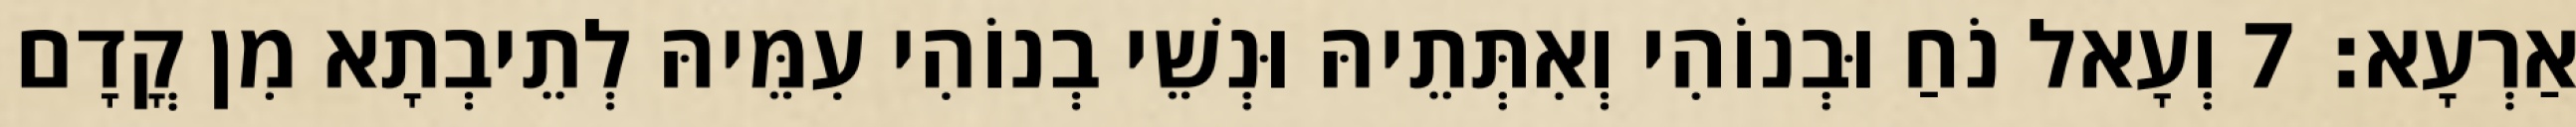
אַרְעָא׃ 7 וְעָאל נֹחַ וּבְנוֹהִי וְאִתְּתֵיהּ וּנְשֵׁי בְנוֹהִי עִמֵּיהּ לְתֵיבְתָא מִן קֳדָם